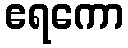
ဧရကော